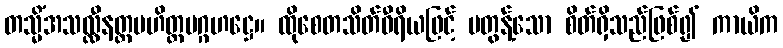
တသ္မိံအသလ္လီနတ္တပဟိတ္တပဂ္ဂဟဋ္ဌေ။ ထိုစေတသိတ်ဝီရိယဖြင့် မတွန့်သော စိတ်ရှိသည်ဖြစ်၍ ကာယိက